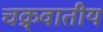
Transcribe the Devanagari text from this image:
चक्र्वातीय